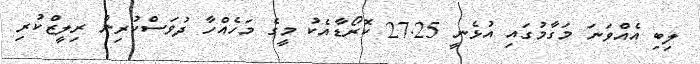
ލިބި އެއްވަނަ މަގާމުގައި އުޅެނީ 27.25 ކޮރޯޑާއެކު މީގެ މަހެއްހާ ދުވަސްކުރިން ރިލީޒްކުރި